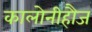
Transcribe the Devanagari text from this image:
कालोनीहौज